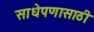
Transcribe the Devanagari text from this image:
साधेपणासाठी